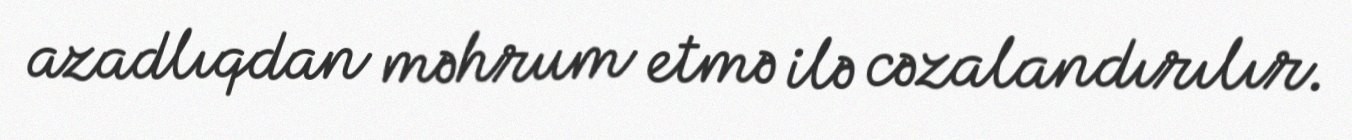
azadlıqdan məhrum etmə ilə cəzalandırılır.